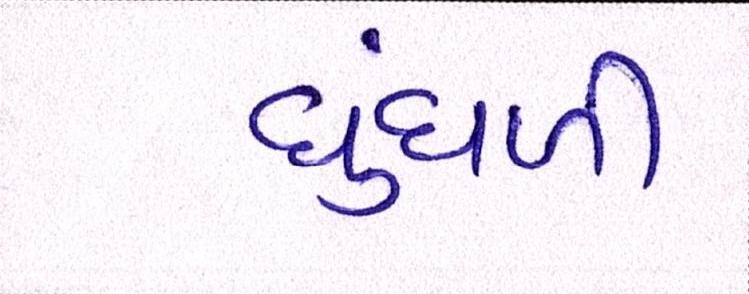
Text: ધુંધળી